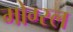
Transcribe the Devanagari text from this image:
मोग्स्ल